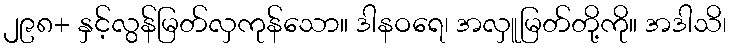
၂၉၈+ နှင့်လွန်မြတ်လှကုန်သော။ ဒါနဝရေ၊ အလှူမြတ်တို့ကို။ အဒါသိ၊